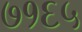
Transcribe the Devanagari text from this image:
७१६५